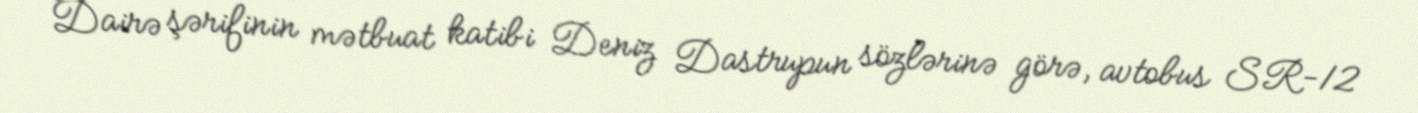
Dairə şərifinin mətbuat katibi Deniz Dastrupun sözlərinə görə, avtobus SR-12